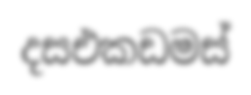
දසඑකඩමස්